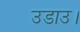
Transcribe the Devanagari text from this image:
उडाउ।